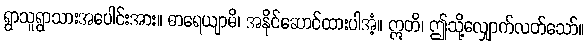
ရွာသူရွာသားအပေါင်းအား။ ဓာရေယျာမိ၊ အနိုင်ဆောင်ထားပါအံ့။ ဣတိ၊ ဤသို့လျှောက်လတ်သော်။